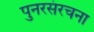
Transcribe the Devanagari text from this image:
पुनरसंरचना